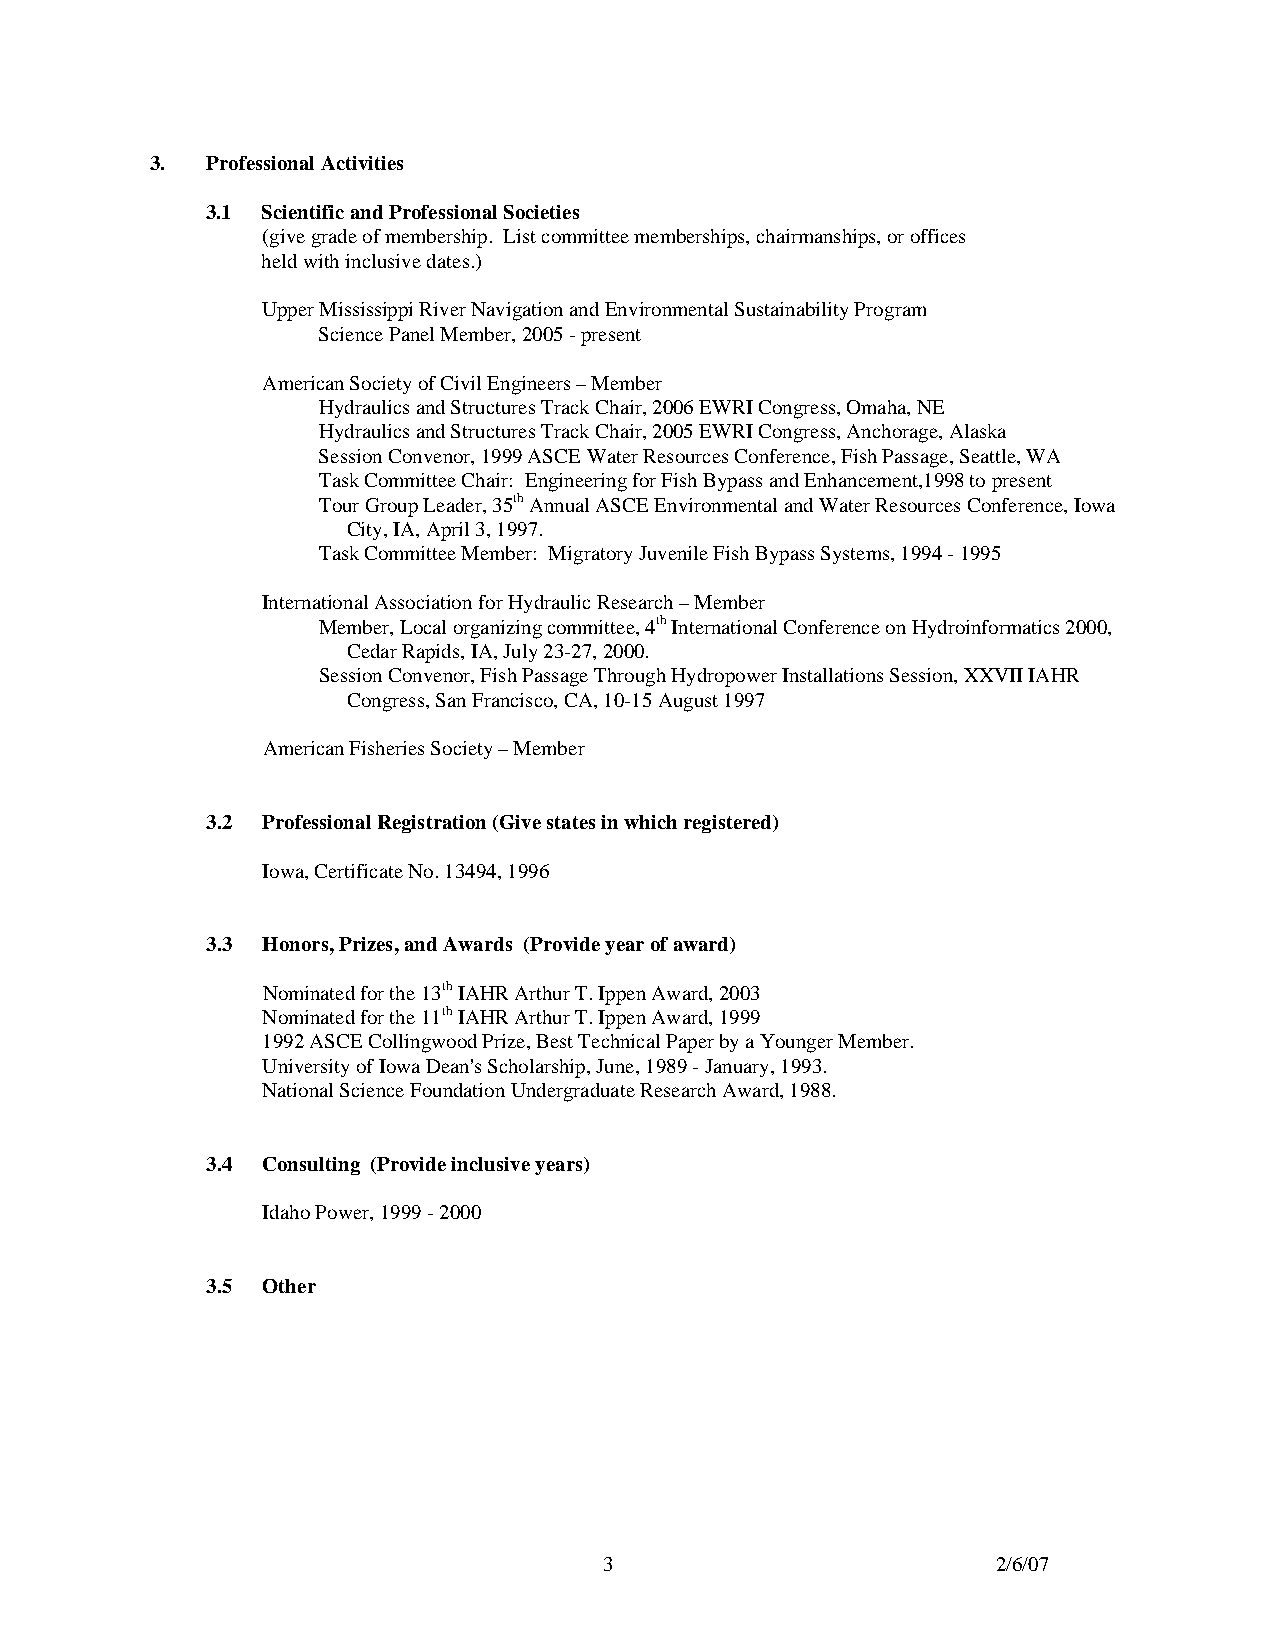
3.  Professional Activities
 3.1 Scientific and Professional Societies
 (give grade of membership. List committee memberships, chairmanships, or offices
 held with inclusive dates.)
 Upper Mississippi River Navigation and Environmental Sustainability Program
 Science Panel Member, 2005 - present
 American Society of Civil Engineers – Member
 Hydraulics and Structures Track Chair, 2006 EWRI Congress, Omaha, NE
 Hydraulics and Structures Track Chair, 2005 EWRI Congress, Anchorage, Alaska
 Session Convenor, 1999 ASCE Water Resources Conference, Fish Passage, Seattle, WA
 Task Committee Chair: Engineering for Fish Bypass and Enhancement,1998 to present
 Tour Group Leader, 35th Annual ASCE Environmental and Water Resources Conference, Iowa
 City, IA, April 3, 1997.
 Task Committee Member: Migratory Juvenile Fish Bypass Systems, 1994 - 1995
 International Association for Hydraulic Research – Member
 Member, Local organizing committee, 4th International Conference on Hydroinformatics 2000,
 Cedar Rapids, IA, July 23-27, 2000.
 Session Convenor, Fish Passage Through Hydropower Installations Session, XXVII IAHR
 Congress, San Francisco, CA, 10-15 August 1997
 American Fisheries Society – Member
 3.2 Professional Registration (Give states in which registered)
 Iowa, Certificate No. 13494, 1996
 3.3 Honors, Prizes, and Awards (Provide year of award)
 Nominated for the 13th IAHR Arthur T. Ippen Award, 2003
 Nominated for the 11th IAHR Arthur T. Ippen Award, 1999
 1992 ASCE Collingwood Prize, Best Technical Paper by a Younger Member.
 University of Iowa Dean's Scholarship, June, 1989 - January, 1993.
 National Science Foundation Undergraduate Research Award, 1988.
 3.4 Consulting (Provide inclusive years)
 Idaho Power, 1999 - 2000
 3.5 Other
 3                         2/6/07